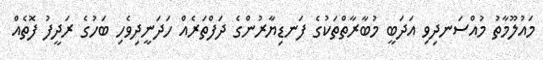
މައުލޫމާތު މުއްސަނދިވި އަދަބީ މުބާރާތްތަކުގެ ފަނޑިޔާރުންގެ ދަފްތަރެއް ހަދަނީދިވެހި ބަހުގެ ރަދީފު ފޮތެއް